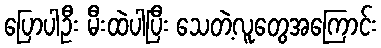
ပြောပါဦး မီးထဲပါပြီး သေတဲ့လူတွေအကြောင်း